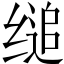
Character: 缒